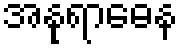
အနုရာဓေန